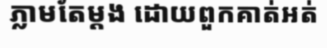
ភ្លាមតែម្តង ដោយពួកគាត់អត់